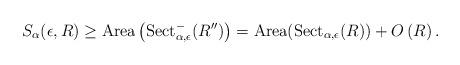
LaTeX: \begin{align*}S_{\alpha}(\epsilon,R) \geq \textnormal{Area} \left(\textnormal{Sect}^{-}_{\alpha,\epsilon}(R'')\right) = \textnormal{Area}(\textnormal{Sect}_{\alpha, \epsilon}(R))+O\left(R\right).\end{align*}